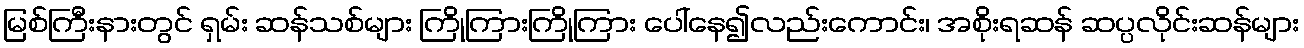
မြစ်ကြီးနားတွင် ရှမ်း ဆန်သစ်များ ကြိုကြားကြိုကြား ပေါ်နေ၍လည်းကောင်း၊ အစိုးရဆန် ဆပ္ပလိုင်းဆန်များ